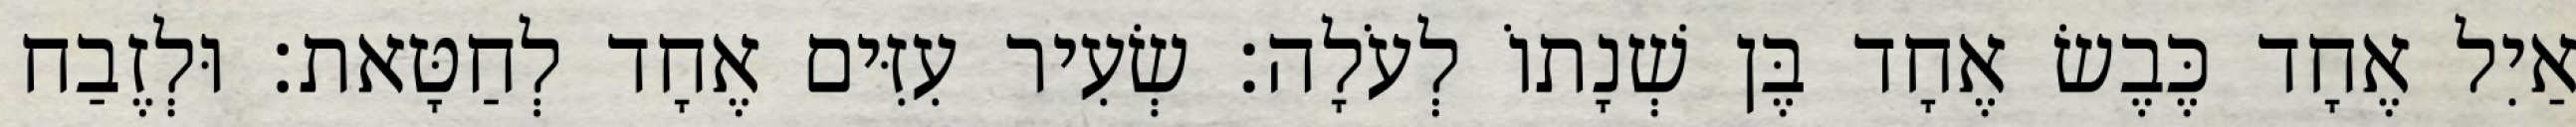
אַיִל אֶחָד כֶּבֶשׂ אֶחָד בֶּן שְׁנָתוֹ לְעֹלָה׃ שְׂעִיר עִזִּים אֶחָד לְחַטָּאת׃ וּלְזֶבַח